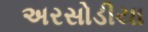
અરસોડીયા